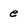
Character: e